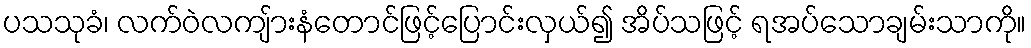
ပသသုခံ၊ လက်ဝဲလကျ်ားနံတောင်ဖြင့်ပြောင်းလှယ်၍ အိပ်သဖြင့် ရအပ်သောချမ်းသာကို။